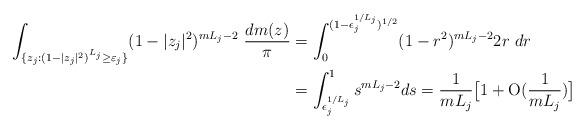
LaTeX: \begin{align*} \int_{\{z_j: (1-|z_j|^2)^{L_j} \geq\varepsilon_{j}\}} (1-|z_j|^2)^{mL_j-2}\ \frac{dm(z)}{\pi}&=\int_0^{(1-\epsilon_j^{1/L_j})^{1/2}} (1-r^2)^{mL_j-2} 2r\ dr\\ &=\int_{\epsilon_j^{1/L_j}}^1 s^{mL_j-2} ds=\frac 1{mL_j}\bigl[1+\textrm O(\frac 1{mL_j})\bigr]\end{align*}